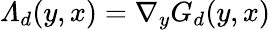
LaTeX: \varLambda_{d}(y,x)=\nabla_{y}G_{d}(y,x)